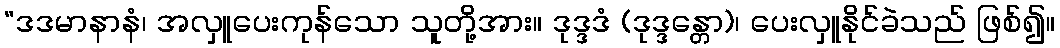
“ဒဒမာနာနံ၊ အလှူပေးကုန်သော သူတို့အား။ ဒုဒ္ဒဒံ (ဒုဒ္ဒန္တော)၊ ပေးလှူနိုင်ခဲသည် ဖြစ်၍။